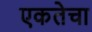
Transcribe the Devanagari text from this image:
एकतेचा